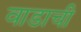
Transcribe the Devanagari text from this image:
वाडाची